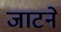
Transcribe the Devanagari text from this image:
जाटने